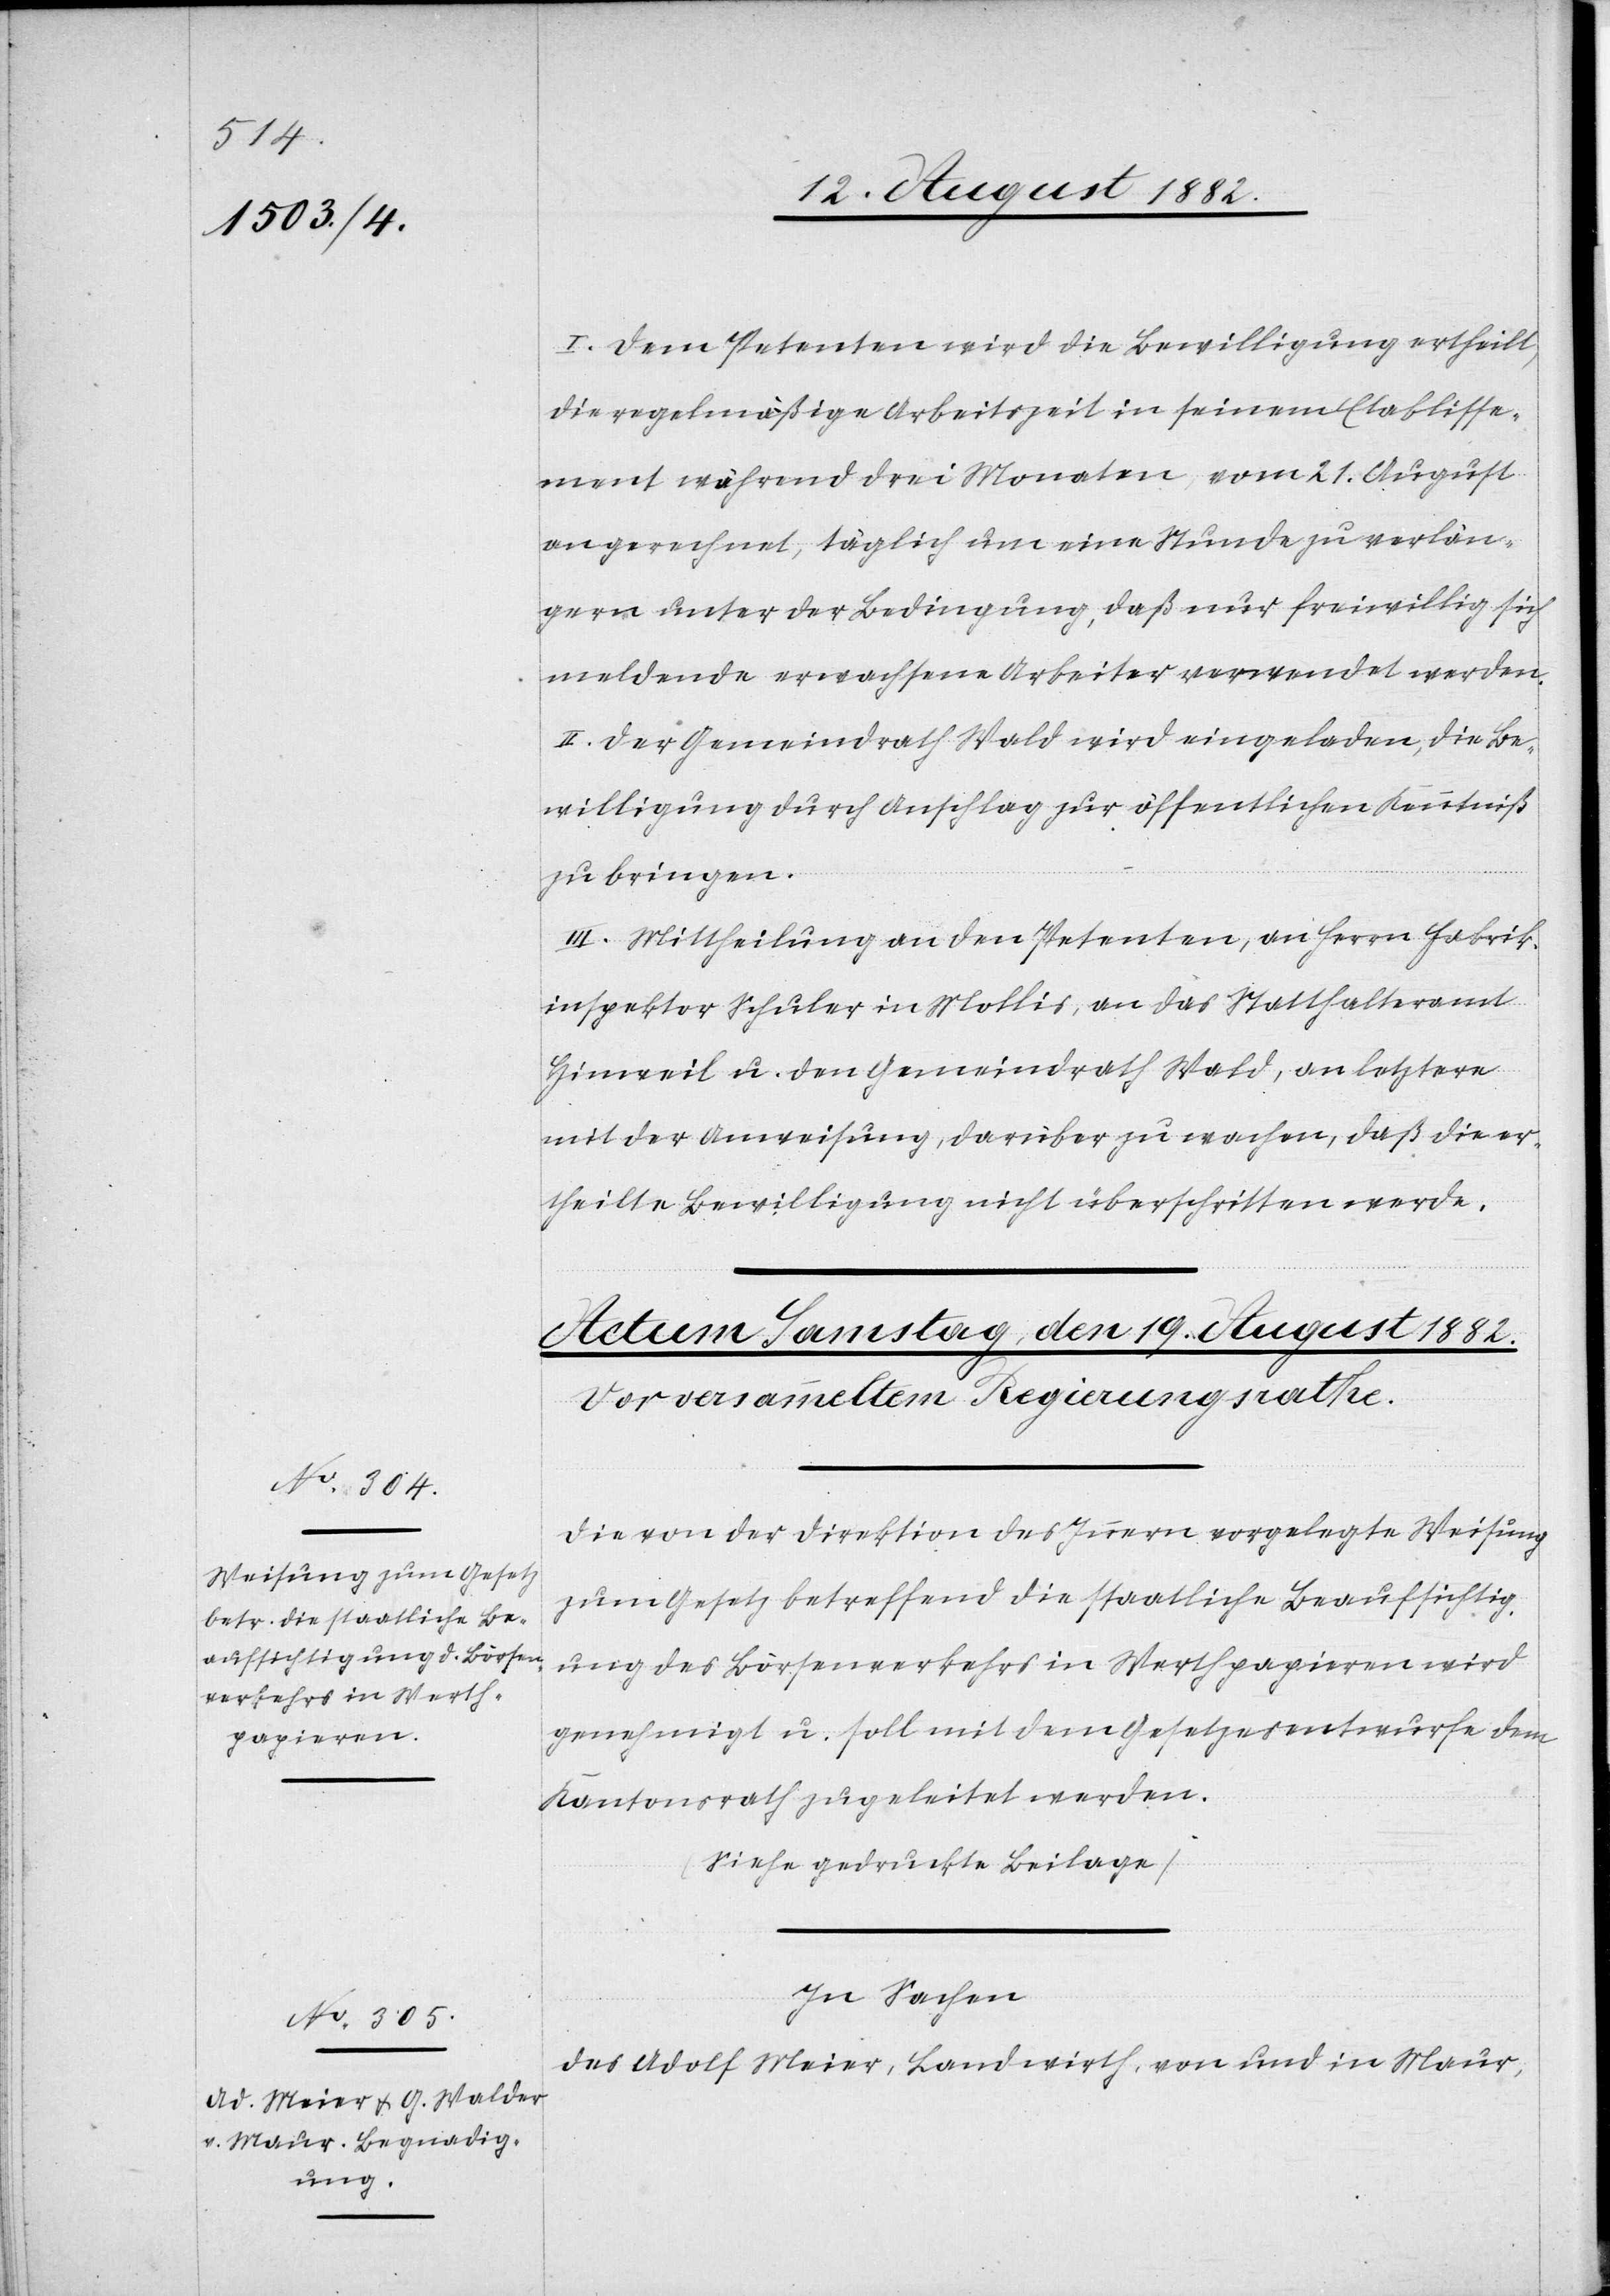
I. Dem Petenten wird die Bewilligung ertheilt,
die regelmäßige Arbeitszeit in seinem Etablisse¬
ment während drei Monaten, vom 21. August
an gerechnet, täglich um eine Stunde zu verlän¬
gern unter der Bedingung, daß nur freiwillig sich
meldende erwachsene Arbeiter verwendet werden.
II. Der Gemeindrath Wald wird eingeladen, die Be¬
willigung durch Anschlag zur öffentlichen Kenntniß
zu bringen.
III. Mittheilung an den Petenten, an Herrn Fabrik¬
inspektor Schuler in Mollis, an das Statthalteramt
Hinweil u. den Gemeindrath Wald, an letztere
mit der Anweisung, darüber zu wachen, daß die er¬
theilte Bewilligung nicht überschritten werde.
Die von der Direktion des Innern vorgelegte Weisung
zum Gesetz betreffend die staatliche Beaufsichtig¬
ung des Börsenverkehrs in Werthpapieren wird
genehmigt u. soll mit dem Gesetzesentwurfe dem
Kantonsrath zugeleitet werden.
(Siehe gedruckte Beilage).
In Sachen
des Adolf Meier, Landwirth, von und in Maur,